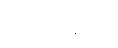
အောက်ခြေမှ